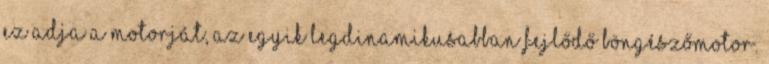
ez adja a motorját, az egyik legdinamikusabban fejlődő böngészőmotor.